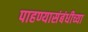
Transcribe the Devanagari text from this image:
पाहण्यासंबंधीच्या